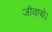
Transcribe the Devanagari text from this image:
जीवाथे।